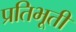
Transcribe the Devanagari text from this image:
प्रतिभूती